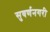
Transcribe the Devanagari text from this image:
सुवर्णनगरी